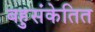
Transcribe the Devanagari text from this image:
बहुसंकेतित